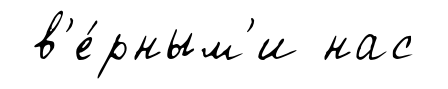
в'е́рным'и нас